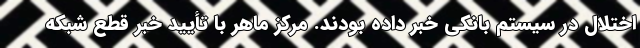
اختلال در سیستم بانکی خبر داده بودند. مرکز ماهر با تأیید خبر قطع شبکه